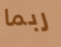
ربما